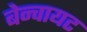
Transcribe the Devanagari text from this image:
बेन्वायट